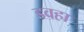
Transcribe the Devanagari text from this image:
डवहा